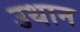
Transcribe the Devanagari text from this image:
उथान